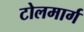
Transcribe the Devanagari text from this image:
टोलमार्ग